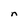
Character: n